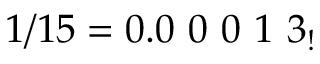
1 / 1 5 = 0 . 0 \ 0 \ 0 \ 1 \ 3 _ { ! }